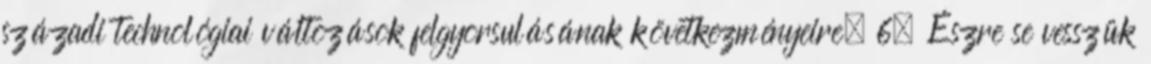
századi technológiai változások felgyorsulásának következményeire. 6. Észre se vesszük